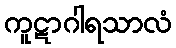
ကူဋာဂါရသာလံ